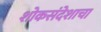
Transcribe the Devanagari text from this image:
शोकसंदेशाचा